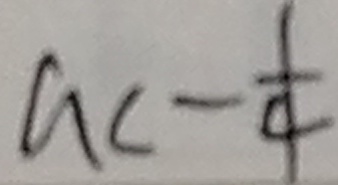
a < - \frac { 1 } { 4 }